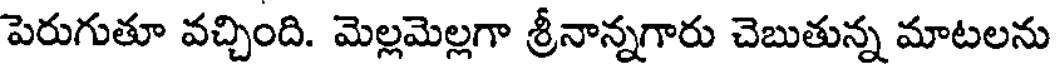
పెరుగుతూ వచ్చింది. మెల్లమెల్లగా శ్రీనాన్నగారు చెబుతున్న మాటలను